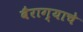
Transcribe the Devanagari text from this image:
बैराग्याचे